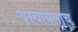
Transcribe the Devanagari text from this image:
वाचायलाच